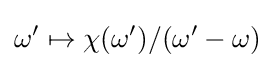
\omega '\mapsto \chi (\omega ')/(\omega '-\omega )